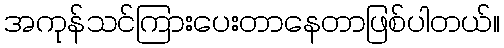
အကုန်သင်ကြားပေးတာနေတာဖြစ်ပါတယ်။